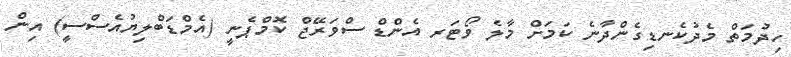
ހިދުމަތް މެދުކެނޑިގެންދާނެ ކަމަށް މާލެ ވޯޓަރ އެންޑް ސްވަރޭޖް ކޮމްޕެނީ (އެމްޑަބްލިޔުއެސްސީ) އިން